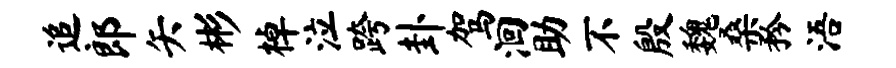
追郎矢彬棹泣跨卦驾洄助不殷魏桑矜浯